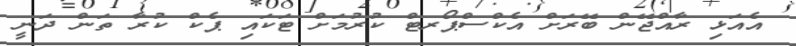
އެއަޅި ރާއްޖޭން ބޭރަށް އެކްސްޕޯރޓް ކުރުމަށް ޓަކައި ޕެކް ކުރާ ތަން ދަނީ